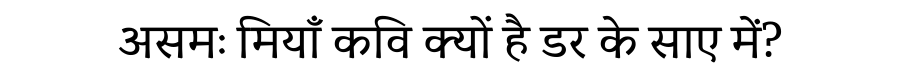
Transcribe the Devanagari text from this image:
असमः मियाँ कवि क्यों है डर के साए में?